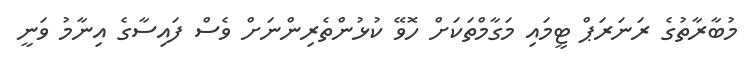
މުބާރާތުގެ ރަނަރަޕް ޓީމައި މަގާމްތަކަށް ހޮވޭ ކުޅުންތެރިންނަށް ވެސް ފައިސާގެ އިނާމު ވަނީ